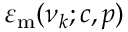
\varepsilon _ { \mathrm { { m } } } ( \nu _ { k } ; c , p )